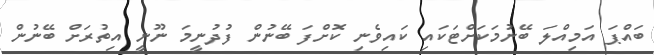
ބައްޕަ އަމިއްލަ ބޭނުމަކަށްޓަކައި ކައިވެނި ކޮށްފަ ބޭނުން ފުދުނީމަ ނޫނީ އިތުރަށް ބޭނުން